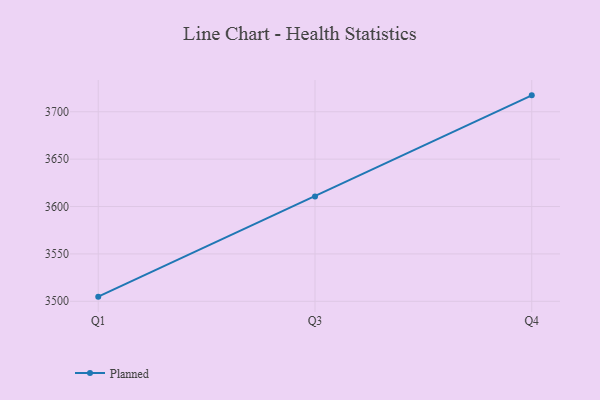
{"axis": {"x": "Quarter", "y": "Churn Rate (%)"}, "legend": ["Planned"], "data": [{"x": "Q1", "y": 3504.9, "type": "Planned"}, {"x": "Q3", "y": 3610.7, "type": "Planned"}, {"x": "Q4", "y": 3717.3, "type": "Planned"}]}